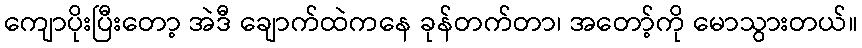
ကျောပိုးပြီးတော့ အဲဒီ ချောက်ထဲကနေ ခုန်တက်တာ၊ အတော့်ကို မောသွားတယ်။